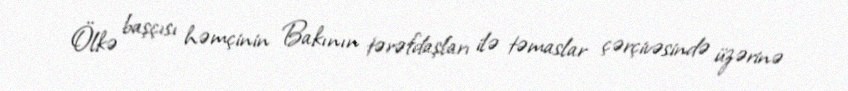
Ölkə başçısı həmçinin Bakının tərəfdaşları ilə təmaslar çərçivəsində üzərinə